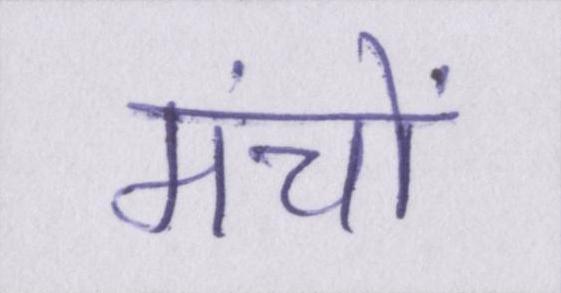
मंचों